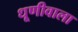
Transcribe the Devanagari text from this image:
धूणीवाला